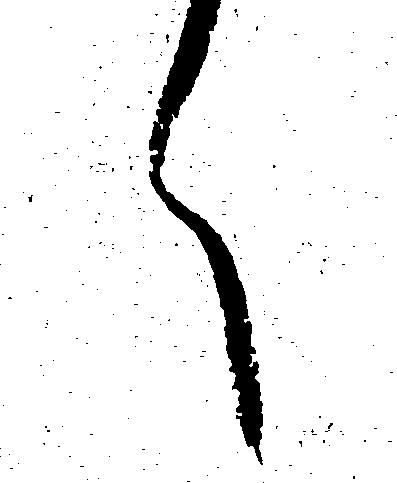
く